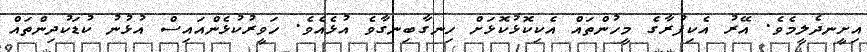
އިށީނދެލީމެވެ. އޭރު އެކިފުރާގެ މީހުންތައް އެކިކޮޅުކޮޅަށް ހިނގާބިނގާވެ އުޅެއެވެ. ހަވީރުކުޅެންއައިސް އުޅުނު ކުޑަކުދިންތައް